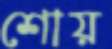
শোয়